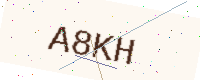
Text: A8KH